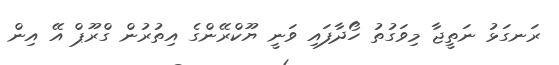
ރަނގަޅު ނަތީޖާ މިވަގުތު ހޯދާފައި ވަނީ ޔޫކްރޭންގެ އިތުރުން ގްރޫޕް އޭ އިން